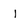
Character: 1